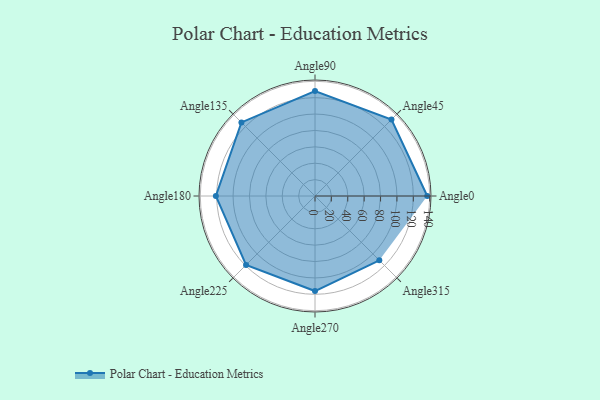
{"axis": {"x": "Angle", "y": "Radius"}, "legend": [""], "data": [{"x": "Angle0", "y": 137.0, "type": ""}, {"x": "Angle45", "y": 132.0, "type": ""}, {"x": "Angle90", "y": 128.0, "type": ""}, {"x": "Angle135", "y": 127.0, "type": ""}, {"x": "Angle180", "y": 121.0, "type": ""}, {"x": "Angle225", "y": 119.0, "type": ""}, {"x": "Angle270", "y": 116.0, "type": ""}, {"x": "Angle315", "y": 111.0, "type": ""}]}